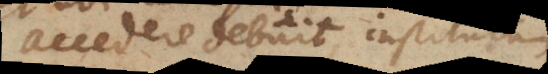
accedere debuit, institutum